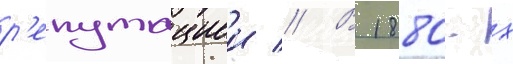
р'епутациеи // В 1880-х